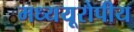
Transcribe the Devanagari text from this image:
मध्ययूरोपीय